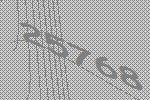
25768